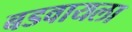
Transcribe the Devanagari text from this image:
बडवायला